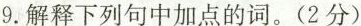
9.解释下列句中加点的词。（2分）